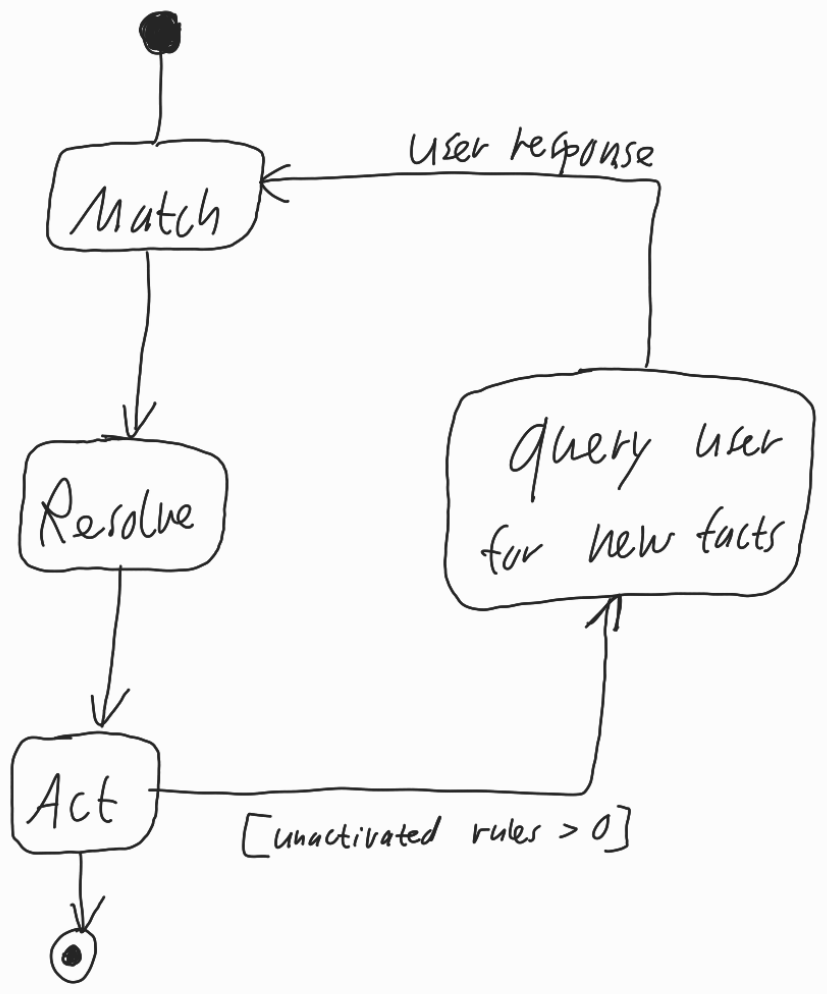
Diagram type: activity_diagram
```plantuml
@startuml

start

repeat:Match;
  :Resolve;

backward:query user for new facts;
repeat while (Act) is ([unactivated rules > 0])

stop

@enduml
```